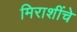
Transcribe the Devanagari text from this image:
मिराशींचे